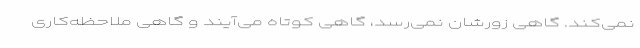
نمی‌کند. گاهی زورشان نمی‌رسد، گاهی کوتاه می‌آیند و گاهی ملاحظه‌کاری